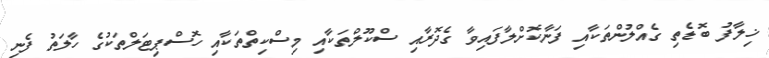
ޚިލާފު ބޮޑެތި ގެއްލުންތަކާއި ފަނާކޮށްލާފައިވާ ގެދޮރާއި ސްކޫލްތަކާއި މިސްކިތްތަކާއި ހޮސްޕިޓަލްތަކުގެ ހާލަތު ފެނި